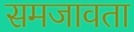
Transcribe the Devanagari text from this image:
समजावता